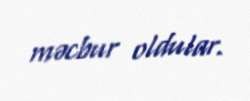
məcbur oldular.